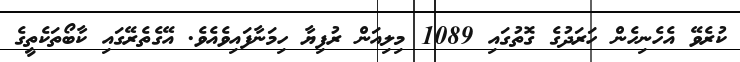
ކުރެވޭ އެހެނިހެން ހަރަދުގެ ގޮތުގައި 1089 މިލިއަން ރުފިޔާ ހިމަނާފައިވެއެވެ. އޭގެތެރޭގައި ކާބޯތަކެތީގެ